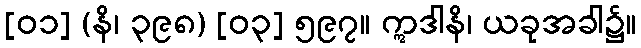
[၀၁] (နိ၊ ၃၉၈) [၀၃] ၅၉၇။ ဣဒါနိ၊ ယခုအခါ၌။